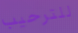
للترحيب